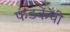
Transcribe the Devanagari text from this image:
फडकेंची